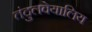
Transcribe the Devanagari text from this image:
तंदुलवेयालिय